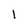
Character: l